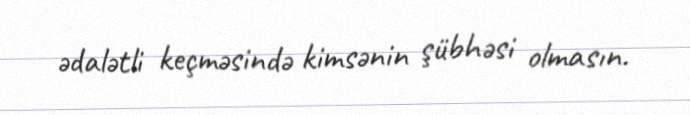
ədalətli keçməsində kimsənin şübhəsi olmasın.